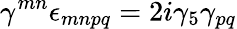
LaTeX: \gamma^{mn}\epsilon_{mnpq}=2i\gamma_{5}\gamma_{pq}